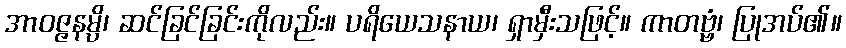
အာဝဇ္ဇနမ္ပိ၊ ဆင်ခြင်ခြင်းကိုလည်း။ ပရိယေသနာယ၊ ရှာမှီးသဖြင့်။ ကာတဗ္ဗံ၊ ပြုအပ်၏။